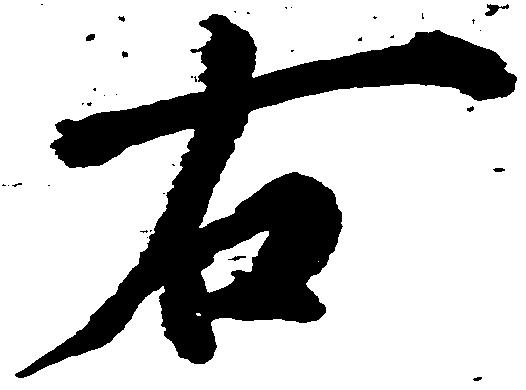
右